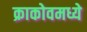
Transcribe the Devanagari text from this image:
क्राकोवमध्ये